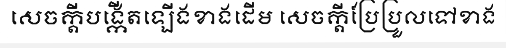
សេចក្តីបង្កើតឡើងខាងដើម សេចក្តីប្រែប្រួលទៅខាង